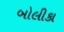
બોલીકા